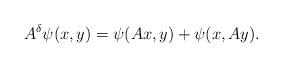
LaTeX: \begin{align*}A^\delta\psi(x,y)=\psi(A x,y)+\psi(x,Ay).\end{align*}